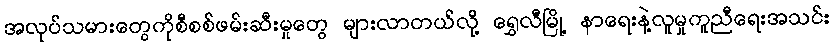
အလုပ်သမားတွေကိုစီစစ်ဖမ်းဆီးမှုတွေ များလာတယ်လို့ ရွှေလီမြို့ နာရေးနဲ့လူမှုကူညီရေးအသင်း